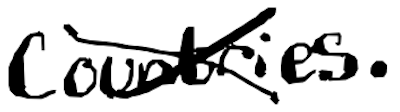
Text: countries.
Cross-out: cross
Writing tool: digital_black